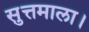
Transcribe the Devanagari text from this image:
सुत्तमाला।